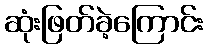
ဆုံးဖြတ်ခဲ့ကြောင်း